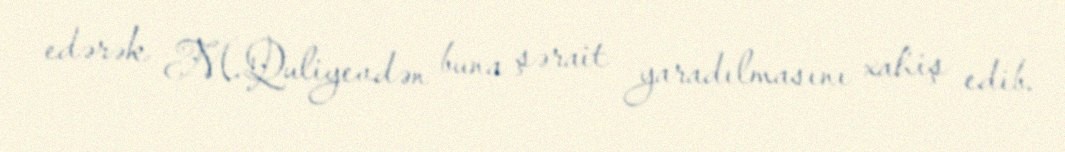
edərək M.Quliyevdən buna şərait yaradılmasını xahiş edib.